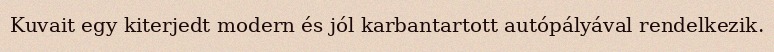
Kuvait egy kiterjedt modern és jól karbantartott autópályával rendelkezik.